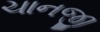
ચાનજી